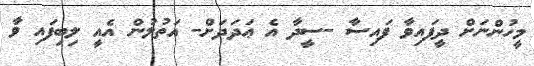
މީހުންނަށް ދީފައިވާ ފައިސާ -ސީދާ އެ ޢަދަދަށް- އަތުލުން އެއީ ލިބިފައި ވާ